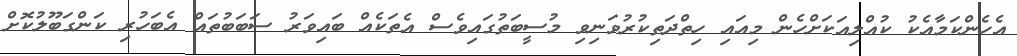
އެހެންކަމާއެކު ކުއްލިއަކަށްހެން މިއައި ހިތްދަތިކުރުވަނިވި މުސީބަތުގައިވެސް އެތަކެއް ބައިވަރު ސަބަބުތައް އެބަހުރި ކަންގަބޫލުކޮށް